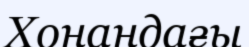
Хонандағы